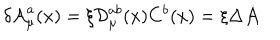
LaTeX: \delta { \cal A } _ { \mu } ^ { a } ( x ) = \xi { \cal D } _ { \mu } ^ { a b } ( x ) C ^ { b } ( x ) = \xi \Delta { \cal A }